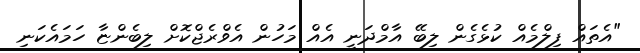
"އެތައް ފިލްމެއް ކުޅެގެން ލިބޭ އާމްދަނީ އެއް މަހުން އެވްރެޖްކޮށް ލިބެންޏާ ހަމައެކަނި